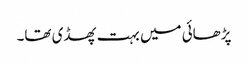
پڑھائی میں بہت پھسڈی تھا۔